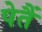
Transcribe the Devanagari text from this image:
पेतैं